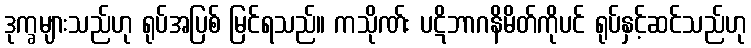
ဒုက္ခများသည်ဟု ရုပ်အပြစ် မြင်ရသည်။ ကသိုဏ်း ပဋိဘာဂနိမိတ်ကိုပင် ရုပ်နှင့်ဆင်သည်ဟု